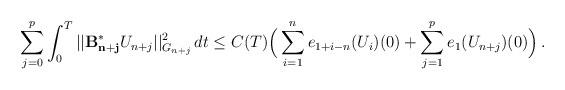
\begin{align*} \displaystyle{\sum_{j=0}^{p} \int_0^T ||\mathcal{\mathbf{B^{\ast}_{n+j}}}U_{n+j}||_{G_{n+j}}^2 \,dt \le C(T) \Big( \sum_{i=1}^{n} e_{1+i-n}(U_{i})(0) + \sum_{j=1}^p e_1(U_{n+j})(0) \Big) \,.} \end{align*}